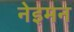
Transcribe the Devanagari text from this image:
नेइमन